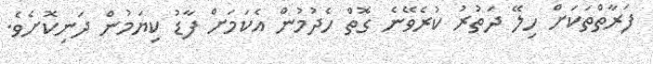
ފަރާތްތަކަށް ހިލޭ ދަތުރު ކުރެވޭނެ ގޮތް ހެދުމުން އެކަމަށް ފާޑު ކިޔަމުން ދަނިކޮށެވެ.